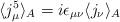
LaTeX: \begin{align*}\langle j^5_\mu\rangle_A=i\epsilon_{\mu\nu}\langle j_\nu\rangle_A\end{align*}